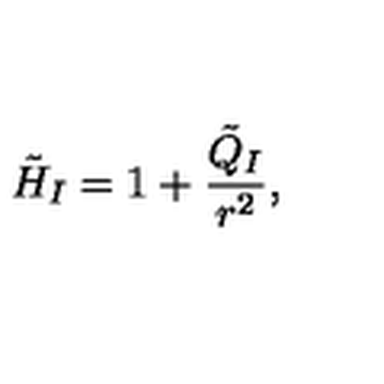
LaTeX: \tilde { H } _ { I } = 1 + \frac { \tilde { Q } _ { I } } { r ^ { 2 } } ,